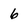
Character: 6